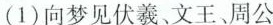
(1)\underset{·}{向}梦见伏羲、文王、周公